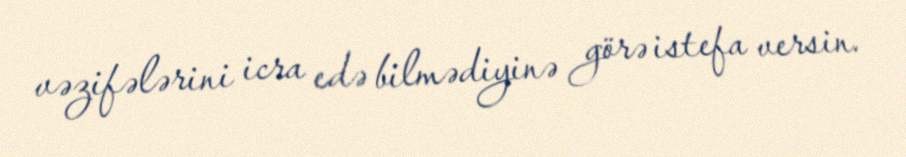
vəzifələrini icra edə bilmədiyinə görə istefa versin.